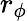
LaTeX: r_{\phi}